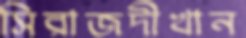
সিরাজদীখান